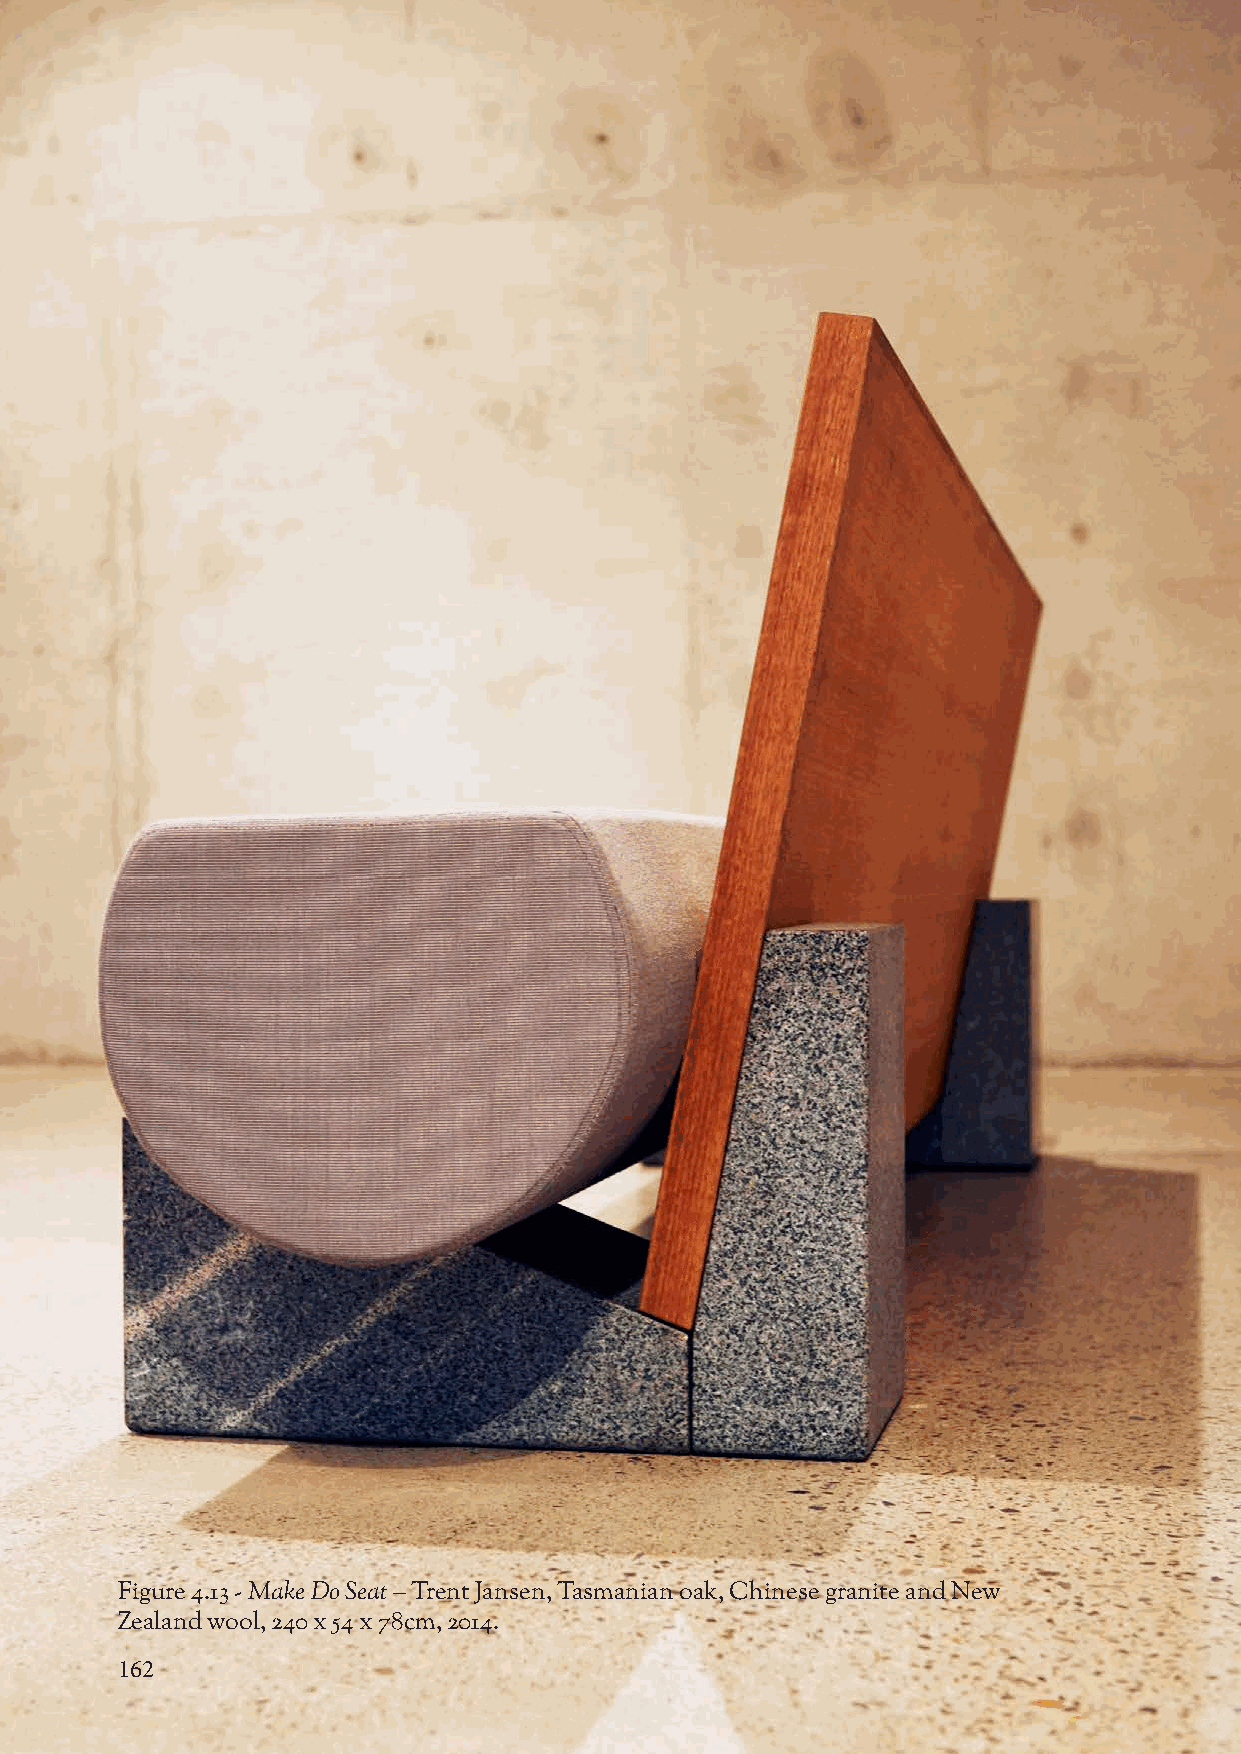
Figure 4.13 - Make Do Seat – Trent Jansen, Tasmanian oak, Chinese granite and New
 Zealand wool, 240 x 54 x 78cm, 2014.
 162